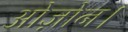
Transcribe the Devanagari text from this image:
ओज़ोन।